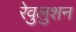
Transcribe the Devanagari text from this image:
रेवुलुशन